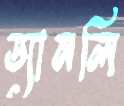
ড্যানলি